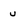
Character: u